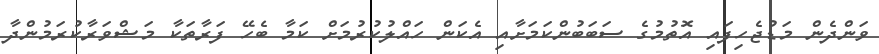
ވަންދެން މަޑުޖެހިފައި އަޮތުމުގެ ސަބަބުންކަމަށާއި އެކަން ހައްލުކުރުމަށް ކަމާ ބެހޭ ފަރާތަކާ މަޝްވަރާކުރަމުންދާ